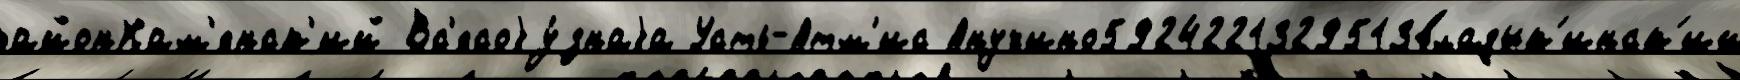
районКам'енск'ий Вс'есоjу́знаjа Усть-Атм'ис Анучино5924221329513владык'инск'ий